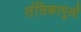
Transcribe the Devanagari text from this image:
तंत्रिकामूलों